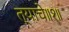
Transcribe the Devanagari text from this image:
त्याचे॥१॥